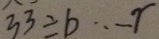
3 3 \div b \cdots r